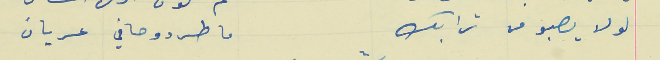
لولا يصبو من ترابك                                         ما طردو حافي عريان